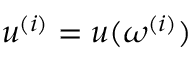
u ^ { ( i ) } = u ( \boldsymbol \omega ^ { ( i ) } )